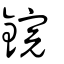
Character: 鋎